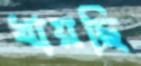
খায়ছি